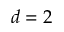
d = 2